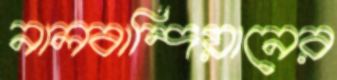
নালবান্দিয়ানের